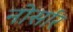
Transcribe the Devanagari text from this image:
नोर्सार